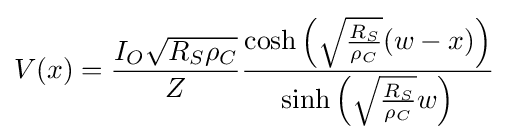
V(x)={\frac {I_{O}{\sqrt {R_{S}\rho _{C}}}}{Z}}{\frac {\cosh {\left({\sqrt {\frac {R_{S}}{\rho _{C}}}}(w-x)\right)}}{\sinh {\left({\sqrt {\frac {R_{S}}{\rho _{C}}}}w\right)}}}